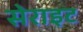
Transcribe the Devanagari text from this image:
सेराइट